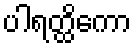
ပါရတ္ထိကော